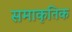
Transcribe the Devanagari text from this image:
समाकृतिक